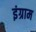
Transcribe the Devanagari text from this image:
इंग्राम